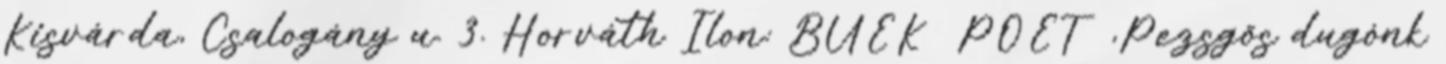
Kisvárda, Csalogány u. 3. Horváth Ilon: BÚÉK POET ,Pezsgős dugónk